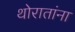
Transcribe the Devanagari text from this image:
थोरातांना